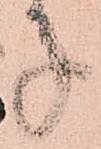
子